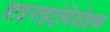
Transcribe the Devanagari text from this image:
डाइनाइट्रोबेंज़ोइक